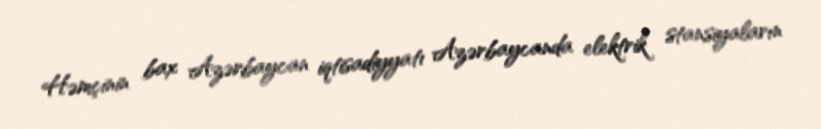
Həmçinin bax Azərbaycan iqtisadiyyatı Azərbaycanda elektrik stansiyaların